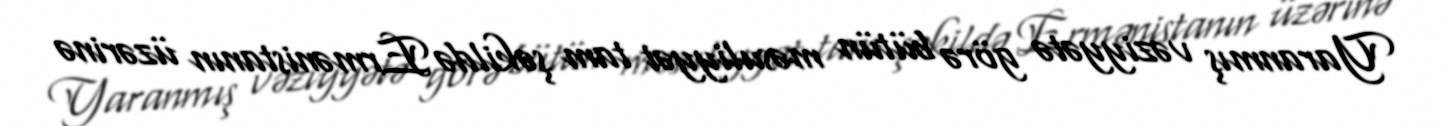
Yaranmış vəziyyətə görə bütün məsuliyyət tam şəkildə Ermənistanın üzərinə